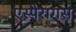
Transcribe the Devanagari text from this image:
एस्पेरागस